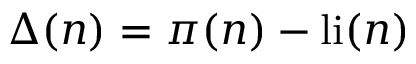
\Delta ( n ) = \pi ( n ) - \operatorname { l i } ( n )